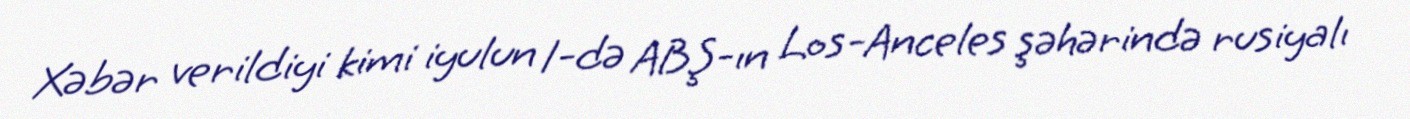
Xəbər verildiyi kimi iyulun 1-də ABŞ-ın Los-Anceles şəhərində rusiyalı